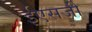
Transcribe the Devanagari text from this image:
ईएसजी